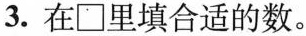
3.在□里填合适的数。